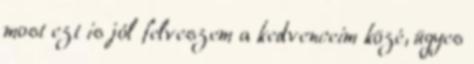
most ezt is jól felveszem a kedvenceim közé, ügyes